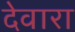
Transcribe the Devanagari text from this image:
देवारा